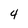
Character: 4